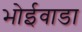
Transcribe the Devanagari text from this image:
भोईवाडा